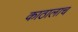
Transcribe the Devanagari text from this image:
काठालाच